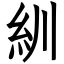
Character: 紃